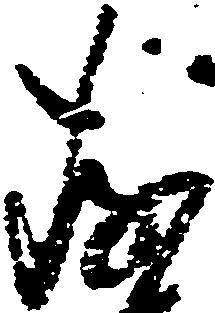
存